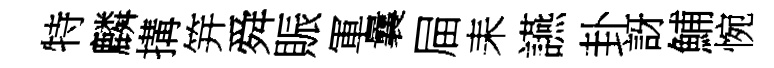
特麟搆笄舜賑軍曩屇耒讌卦訝鯆惋